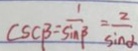
s c \beta = \frac { 1 } { \sin \beta } = \frac { 2 } { \sin \alpha }